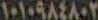
١٠١٠٩٨٤٨٠٢